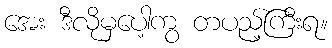
အေး ဒီလိုမှပေါ့ကွ တပည့်ကြီးရ။